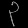
Digit: ၃